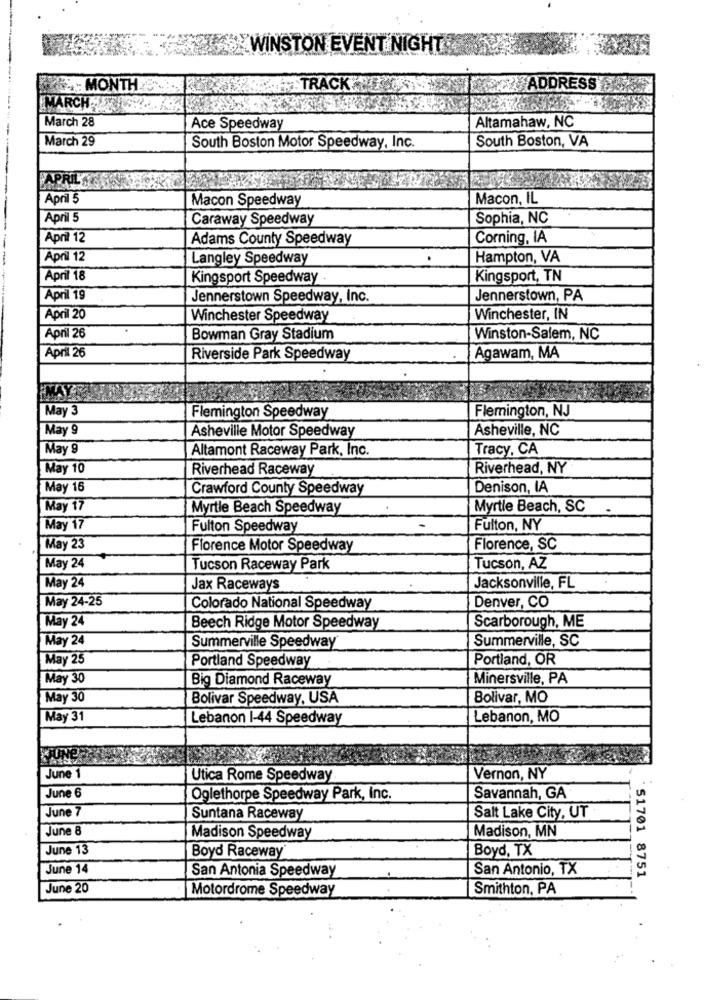
WINSTON EVENT NIGHT
TRACK
ADDRESS
MARCH-
March 28
Ace Speedway
Altamahaw, NC
March 29
South Boston, VA
South Boston Motor Speedway, Inc.
APRIL'
April 5
Macon Speedway
Macon, IL
April 5
Caraway Speedway
Sophia, NC
April 12
Adams County Speedway
Corning, IA
----
April 12
Langley Speedway
Hampton, VA
April 18
Kingsport Speedway
Kingsport, TN
April 19
Jennerstown Speedway, Inc.
Jennerstown, PA
April 20
Winchester Speedway
Winchester, IN
April 26
Bowman Gray Stadium
Winston-Salem, NC
April 26
Riverside Park Speedway
Agawam, MA
May 3
Flemington, NJ
Flemington Speedway
May S
Asheville Motor Speedway
Asheville, NC
May 9
Altamont Raceway Park, Inc.
Tracy, CA
May 10
Riverhead Raceway
Riverhead, NY
May 16
Crawford County Speedway
Denison, IA
May 17
Myrtle Beach Speedway
Myrtle Beach, SC
May 17
Fulton Speedway
Fulton, NY
May 23
Florence Motor Speedway
Florence, SC
May 24
Tucson Raceway Park
Tucson, AZ
May 24
Jax Raceways
Jacksonville, FL
May 24-25
Denver, CO
Colorado National Speedway
May 24
Beech Ridge Motor Speedway
Scarborough, ME
May 24
Summerville, SC
Summerville Speedway
May 25
Portland, OR
Portland Speedway
May 30
Big Diamond Raceway
Minersville, PA
May 30
Bolivar Speedway, USA
Bolivar, MO
May 31
Lebanon 1-44 Speedway
Lebanon, MO
June 1
Utica Rome Speedway
Vernon, NY
June 6
Oglethorpe Speedway Park, Inc.
Savannah, GA
June 7
Suntana Raceway
Salt Lake City, UT
June 8
Madison, MN
Madison Speedway
June 13
Boyd Raceway
Boyd, TX
June 14
San Antonia Speedway
San Antonio, TX
· 51701 8751
June 20
Motordrome Speedway
Smithton, PA